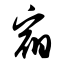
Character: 宿